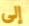
إلى